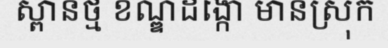
ស្ពានថ្ម ខណ្ឌដង្កោ មានស្រុក